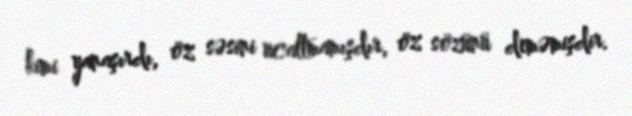
kimi yanaşırdı, öz səsini ucaltmamışdır, öz sözünü deməmişdir.